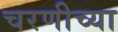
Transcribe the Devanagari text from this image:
चरणीच्या